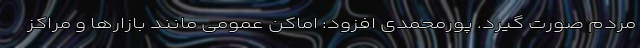
مردم صورت گیرد. پورمحمدی افزود: اماکن عمومی مانند بازارها و مراکز